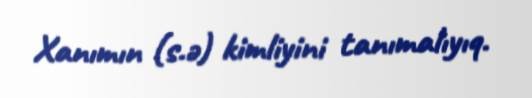
Xanımın (s.ə) kimliyini tanımalıyıq.